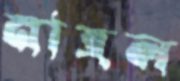
নাহল